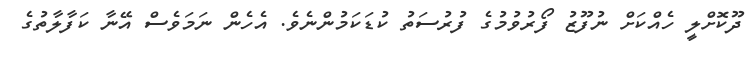
ދޫކޮށްލީ ހެއްކަށް ނުފޫޒު ފޯރުވުމުގެ ފުރުސަތު ކުޑަކަމުންނެވެ. އެހެން ނަމަވެސް އޭނާ ކަފާލާތުގެ